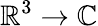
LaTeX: \mathbb{R}^{3}\to\mathbb{C}